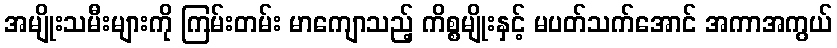
အမျိုးသမီးများကို ကြမ်းတမ်း မာကျောသည့် ကိစ္စမျိုးနှင့် မပတ်သက်အောင် အကာအကွယ်